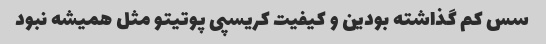
سس کم گذاشته بودین و کیفیت کریسپی پوتیتو مثل همیشه نبود